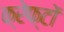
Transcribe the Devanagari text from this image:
क्रेफ्टों